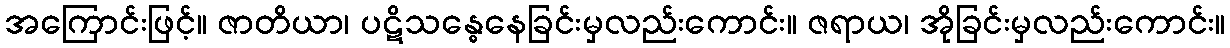
အကြောင်းဖြင့်။ ဇာတိယာ၊ ပဋိသန္ဓေနေခြင်းမှလည်းကောင်း။ ဇရာယ၊ အိုခြင်းမှလည်းကောင်း။